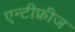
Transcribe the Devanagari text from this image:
एन्टीफ्रीज